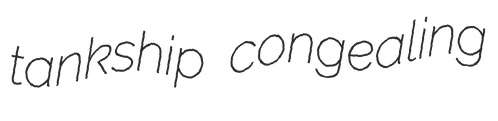
tankship congealing